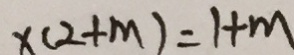
x ( 2 + m ) = 1 + m